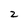
Character: z